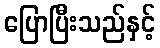
ပြောပြီးသည်နှင့်